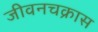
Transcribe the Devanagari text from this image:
जीवनचक्रास